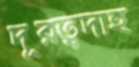
দূরত্বদাহ